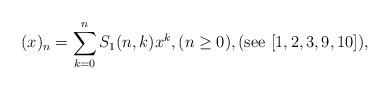
LaTeX: \begin{align*}(x)_{n}=\sum_{k=0}^{n}S_{1}(n,k)x^{k},(n\ge 0),(\mathrm{see}\ [1,2,3,9,10]),\end{align*}